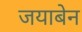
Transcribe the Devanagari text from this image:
जयाबेन